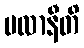
ဗလာနီတိ